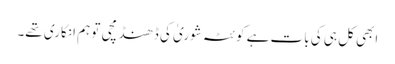
ابھی کل ہی کی بات ہے کوئٹہ شوریٰ کی ڈھنڈ مچی تو ہم انکاری تھے۔